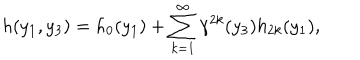
h ( y _ { 1 } , y _ { 3 } ) = h _ { 0 } ( y _ { 1 } ) + \sum _ { k = 1 } ^ { \infty } { \gamma } ^ { 2 k } ( y _ { 3 } ) h _ { 2 k } ( y _ { 1 } ) ,